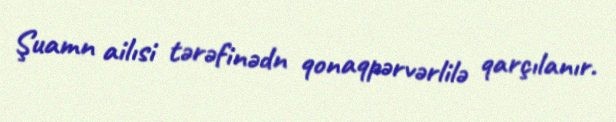
Şuamn ailısi tərəfinədn qonaqpərvərlilə qarçılanır.